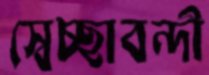
স্বেচ্ছাবন্দী